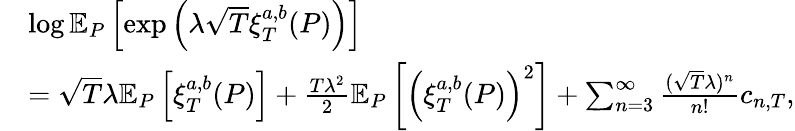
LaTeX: \begin{array}{rl}&{\log\mathbb{E}_{P}\left[\exp\left(\lambda\sqrt{T}\xi_{T}^{a,b}(P)\right)\right]}\\ &{=\sqrt{T}\lambda\mathbb{E}_{P}\left[\xi_{T}^{a,b}(P)\right]+\frac{T\lambda^{2}}{2}\mathbb{E}_{P}\left[\left(\xi_{T}^{a,b}(P)\right)^{2}\right]+\sum_{n=3}^{\infty}\frac{(\sqrt{T}\lambda)^{n}}{n!}c_{n,T},}\end{array}